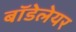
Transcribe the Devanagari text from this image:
बॉडेलेयर